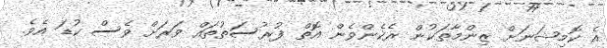
އެ ކޮމިޝަނަށް ޒިންމާތަކުން ރެކެންވެން އޮތް ފުރުސަތުތައް ވަރަށް ވެސް ކުޑަ އެވެ.